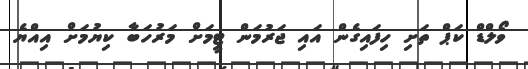
ވޯލްޑް ކަޕް ތަށި ހިފައިގެން އައި ޖަރުމަން ޓީމަށް މަރުހަބާ ކިޔުމަށް އިއްޔެ